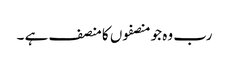
رب وہ جو منصفوں کا منصف ہے ۔